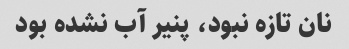
نان تازه نبود، پنیر آب نشده بود